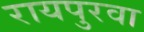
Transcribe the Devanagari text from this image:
रायपुरवा